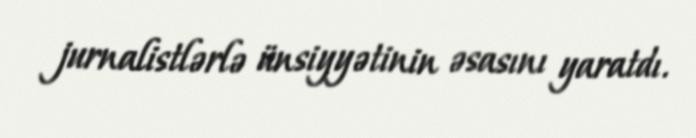
jurnalistlərlə ünsiyyətinin əsasını yaratdı.